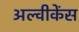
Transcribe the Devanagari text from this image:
अल्वीकेंस